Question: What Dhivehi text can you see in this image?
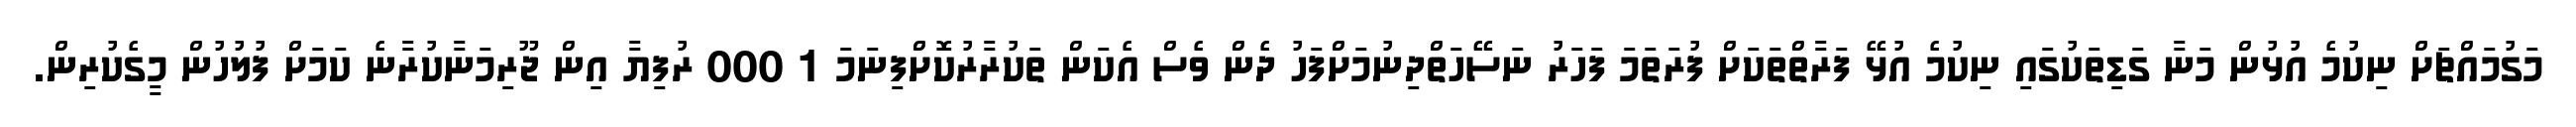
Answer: މަގުމައްޗަށް ނިކުމެ އުޅުން މަނާ ގަޑިތަކުގައި ނިކުމެ އުޅޭ ފަރާތްތަކަށް ފުރަތަމަ ފަހަރު ނަސޭހަތްދިނުމަށްފަހު ދެން ވެސް އެކަން ތަކުރާރުކޮށްފިނަމަ 1 000 ރުފިޔާ އިން ޖޫރިމަނާކުރާނެ ކަމަށް ފުލުހުން މީގެކުރިން.